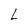
Character: L